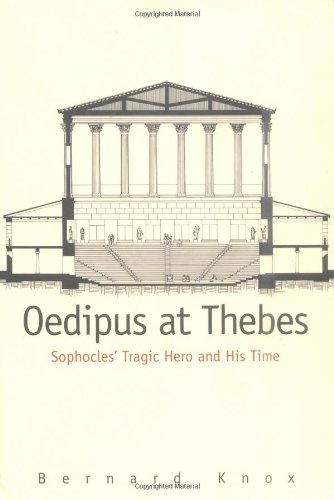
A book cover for Oedipus at Thebes: Sophocles' Tragic Hero and His Time; Bernard Knox; Literature & Fiction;